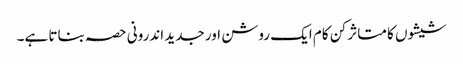
شیشوں کا متاثر کن کام ایک روشن اور جدید اندرونی حصہ بناتا ہے۔